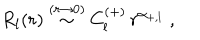
LaTeX: R _ { l } ( r ) \stackrel { ( r \rightarrow 0 ) } { \sim } C _ { l } ^ { ( + ) } \, r ^ { \alpha _ { + , l } } \; ,